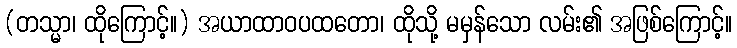
(တသ္မာ၊ ထိုကြောင့်။) အယာထာဝပထတော၊ ထိုသို့ မမှန်သော လမ်း၏ အဖြစ်ကြောင့်။